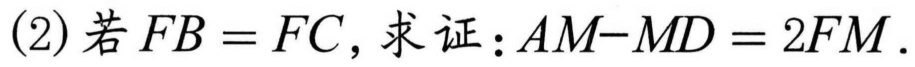
(2) 若\(FB = FC\)，求证：\(AM - MD=2FM\).